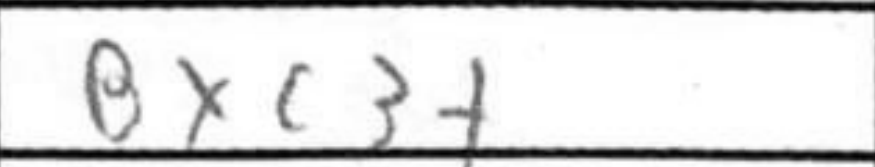
Transcription: Bxc3+